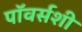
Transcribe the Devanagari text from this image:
पॉवर्सशी